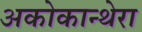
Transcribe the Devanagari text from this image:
अकोकान्थेरा